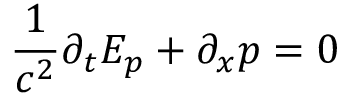
\frac { 1 } { c ^ { 2 } } \partial _ { t } E _ { p } + \partial _ { x } p = 0